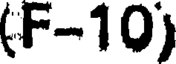
(F-10)